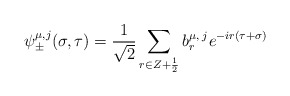
\begin{align*}\psi_{\pm}^{\mu,j}(\sigma,\tau)=\frac{1}{\sqrt 2}\sum_{r\in Z+\frac{1}{2}}b_r^{\mu,\;j}e^{-ir (\tau+\sigma)}\end{align*}